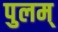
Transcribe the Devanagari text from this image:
पुलम्